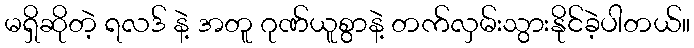
မရှိဆိုတဲ့ ရလဒ် နဲ့ အတူ ဂုဏ်ယူစွာနဲ့ တက်လှမ်းသွားနိုင်ခဲ့ပါတယ်။